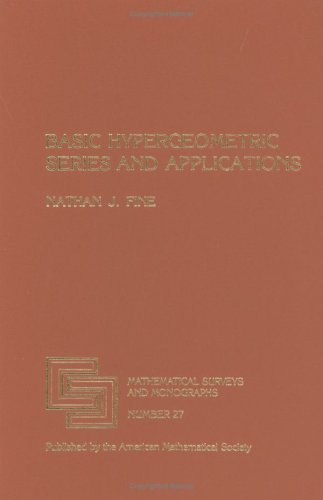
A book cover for Basic Hypergeometric Series and Applications (Mathematical Surveys and Monographs); Nathan J. Fine; Science & Math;